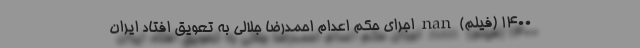
1400 (فیلم) nan اجرای حکم اعدام احمدرضا جلالی به تعویق افتاد ایران